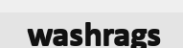
washrags